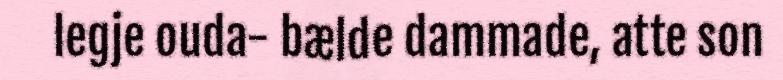
legje ouda- bælde dammade, atte son